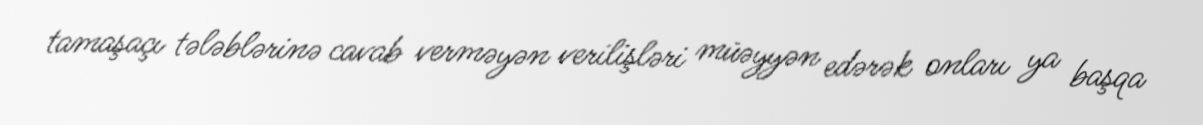
tamaşaçı tələblərinə cavab verməyən verilişləri müəyyən edərək onları ya başqa